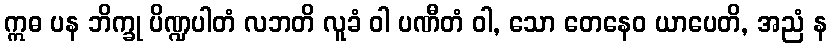
ဣဓ ပန ဘိက္ခု ပိဏ္ဍပါတံ လဘတိ လူခံ ဝါ ပဏီတံ ဝါ, သော တေနေဝ ယာပေတိ, အညံ န